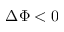
\Delta \Phi < 0